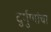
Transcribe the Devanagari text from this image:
दुर्गुणांचा